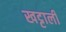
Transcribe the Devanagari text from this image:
खट्टाली